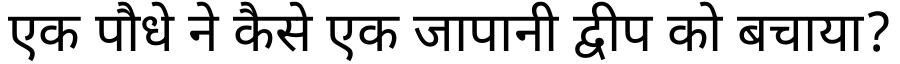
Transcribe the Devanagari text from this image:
एक पौधे ने कैसे एक जापानी द्वीप को बचाया?